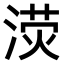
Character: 𣸨